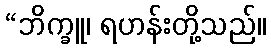
“ဘိက္ခူ၊ ရဟန်းတို့သည်။